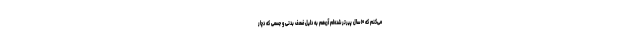
می‌کنم که ۱۰ سال پیرتر شده‌ام آن‌هم به دلیل ضعف بدنی و جسمی که دچار